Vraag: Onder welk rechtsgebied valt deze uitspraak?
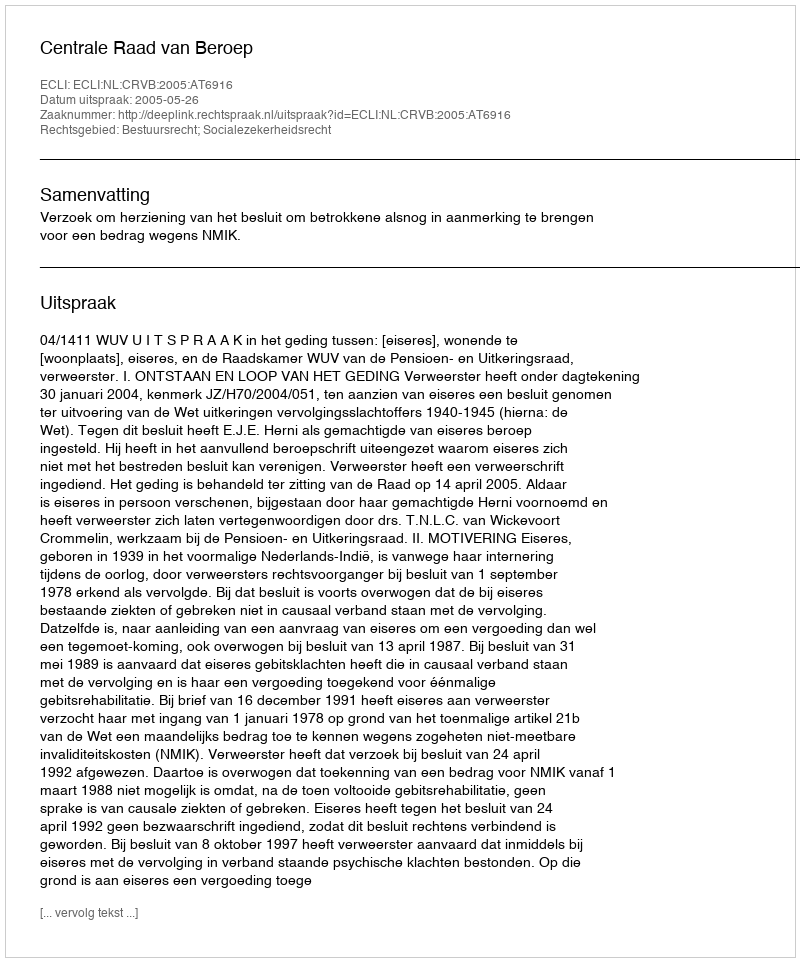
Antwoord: Bestuursrecht; Socialezekerheidsrecht